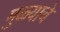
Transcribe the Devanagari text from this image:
मुळ्याचे